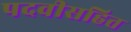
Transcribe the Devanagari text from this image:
पदवीसहित